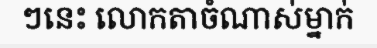
ៗនេះ លោកតាចំណាស់ម្នាក់